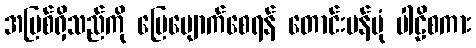
အပြစ်ရှိသည်ကို ပြေပျောက်စေရန် တောင်းပန်ပုံ ပါဠိစကား